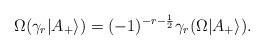
LaTeX: \begin{align*}\Omega (\gamma_r|A_+\rangle)=(-1)^{-r-\frac{1}{2}}\gamma_r(\Omega|A_+\rangle). \end{align*}